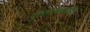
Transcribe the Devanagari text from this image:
पुरातात्वशास्त्राचा